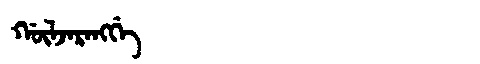
Manchu: ᡤᡡᠯᠵᠠᡵᠠᠩᡤᡝ
Romanization: GŪLJARANGGE